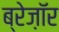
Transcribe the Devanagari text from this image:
ब्रेज़ाॅर